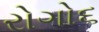
રોગો૬